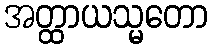
အတ္ထာယသ္မတော